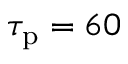
\tau _ { \mathrm { p } } = 6 0